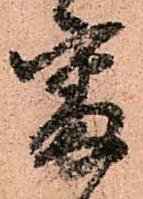
審